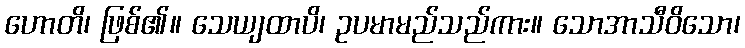
ဟောတိ၊ ဖြစ်၏။ သေယျထာပိ၊ ဥပမာမည်သည်ကား။ သောအာသီဝိသော၊